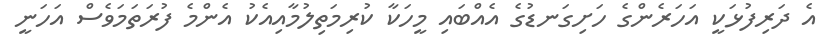
އެ ދަރިފުޅަކީ އަހަރެންގެ ހަށިގަނޑުގެ އެއްބައި މީހަކާ ކުރިމަތިލުމާއިއެކު އެންމެ ފުރަތަމަވެސް އަހަނީ